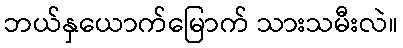
ဘယ်နှယောက်မြောက် သားသမီးလဲ။